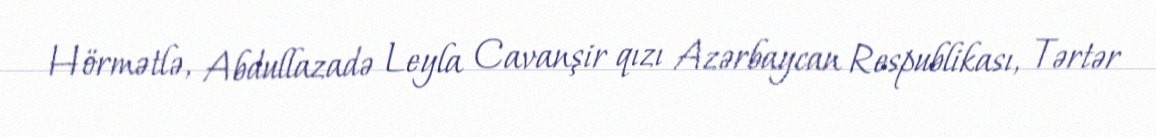
Hörmətlə, Abdullazadə Leyla Cavanşir qızı Azərbaycan Respublikası, Tərtər